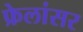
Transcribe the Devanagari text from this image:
फ्रेलांसर